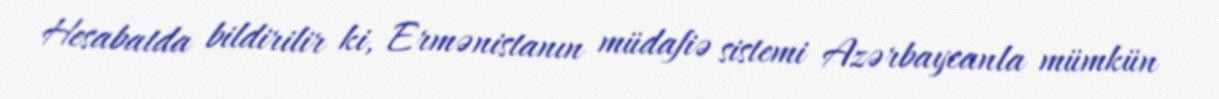
Hesabatda bildirilir ki, Ermənistanın müdafiə sistemi Azərbaycanla mümkün